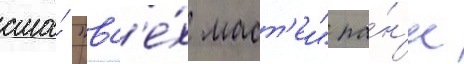
сша́ "вс'е́х маст'еи" ра́н'ее